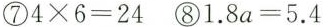
$$4×6=24$$ ⑧$$1.8a=5.4$$